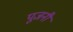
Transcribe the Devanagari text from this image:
पूजनी